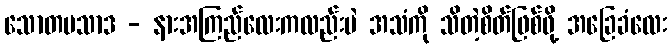
သောတပသာဒ - နားအကြည်လေးကလည်းပဲ အသံကို သိတဲ့စိတ်ဖြစ်ဖို့ အခြေခံလေး